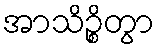
အာသိဉ္စိတွာ